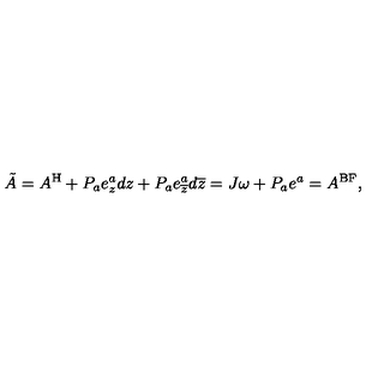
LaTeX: \tilde { A } = A ^ { \mathrm { H } } + P _ { a } e _ { z } ^ { a } d z + P _ { a } e _ { \overline { { z } } } ^ { a } d \overline { { z } } = J \omega + P _ { a } e ^ { a } = A ^ { \mathrm { B F } } ,